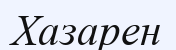
Хазарен